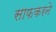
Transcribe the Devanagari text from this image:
साफकरने